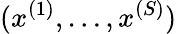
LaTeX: (x^{(1)},\ldots,x^{(S)})